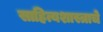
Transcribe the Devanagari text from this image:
साहित्यशास्त्राचे